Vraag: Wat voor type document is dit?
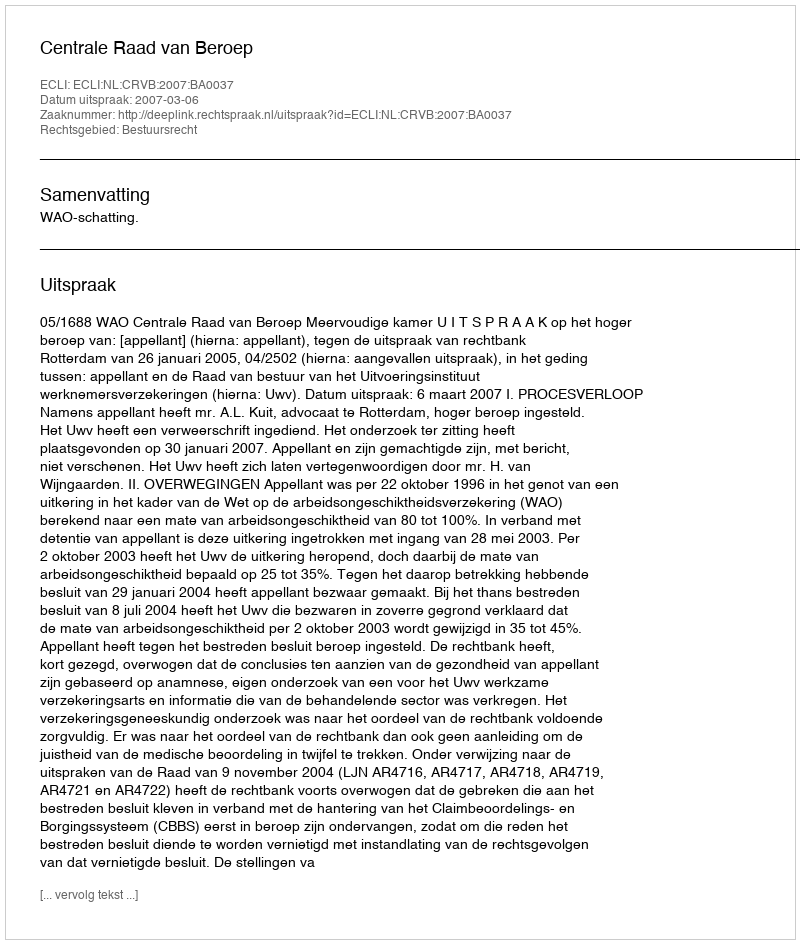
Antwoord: Uitspraak